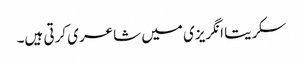
سکریتا انگریزی میں شاعری کرتی ہیں۔